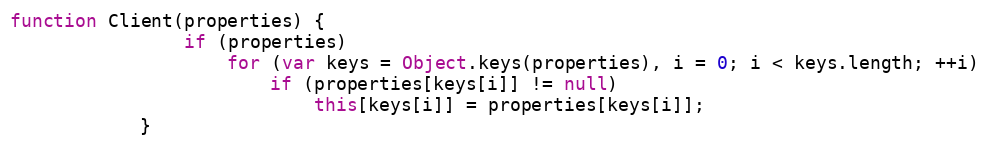
Language: JavaScript
function Client(properties) {
				if (properties)
					for (var keys = Object.keys(properties), i = 0; i < keys.length; ++i)
						if (properties[keys[i]] != null)
							this[keys[i]] = properties[keys[i]];
			}